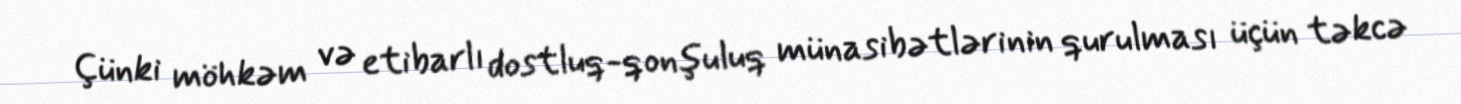
Çünki möhkəm və etibarlı dostluq-qonşuluq münasibətlərinin qurulması üçün təkcə